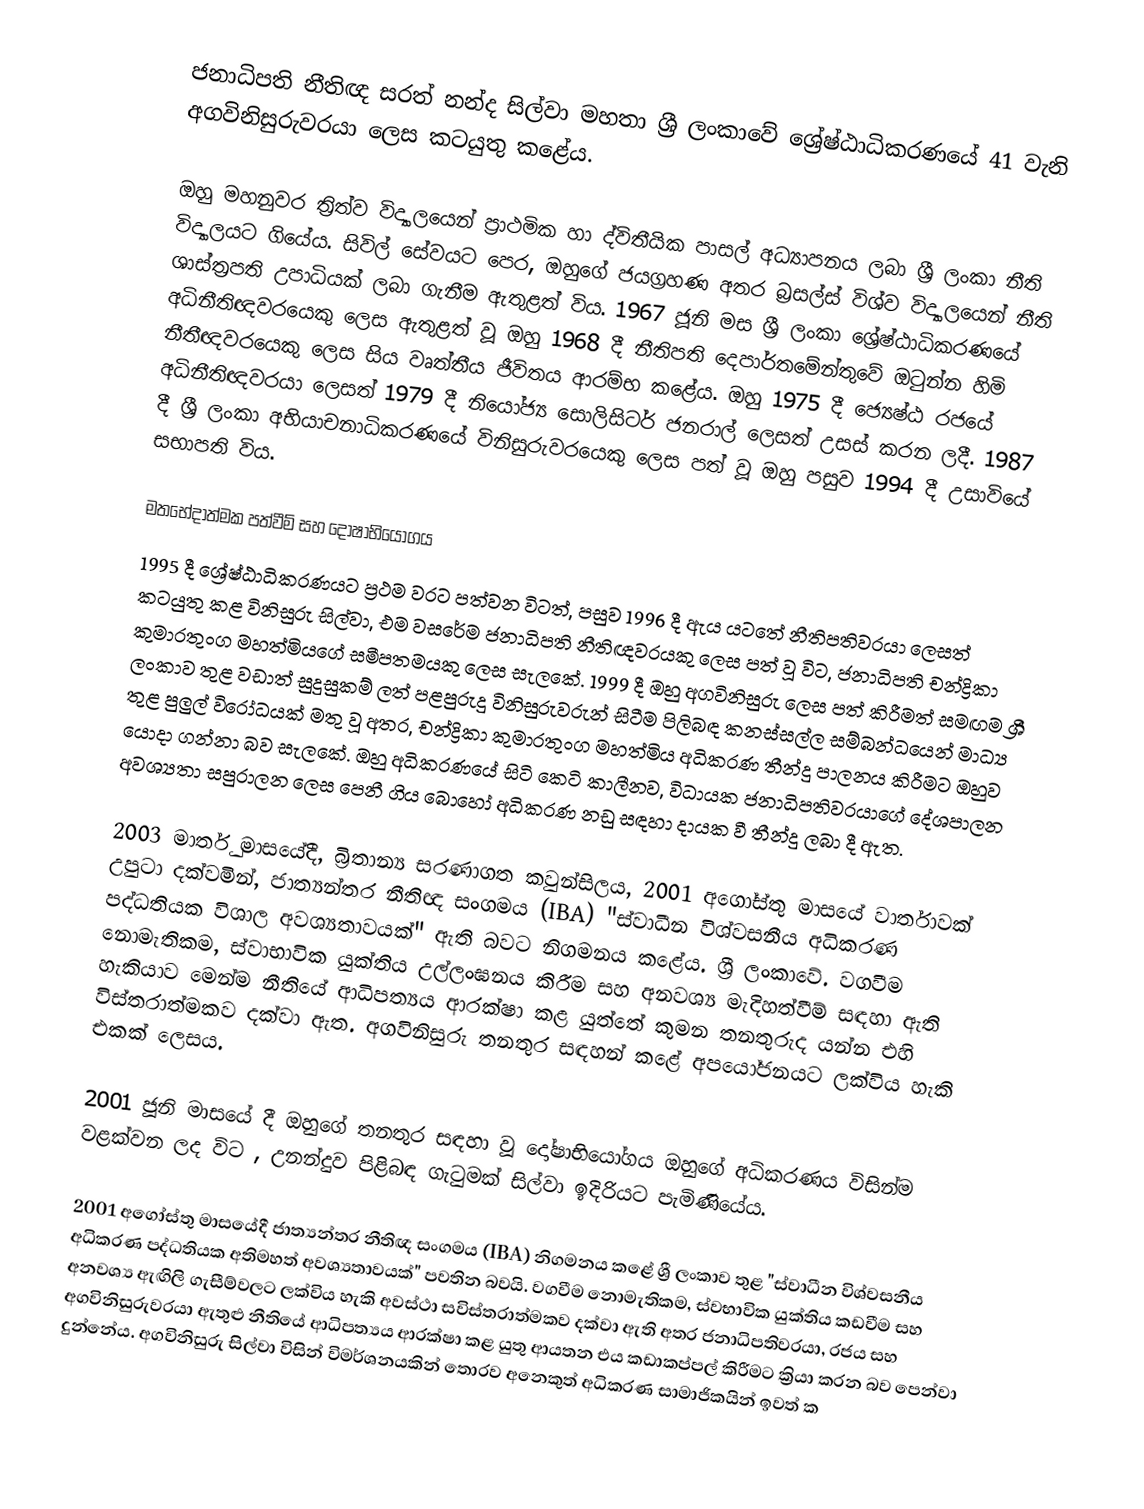
ජනාධිපති නීතිඥ සරත් නන්ද සිල්වා මහතා ශ්‍රී ලංකාවේ ශ්‍රේෂ්ඨාධිකරණයේ 41 වැනි අගවිනිසුරුවරයා ලෙස කටයුතු කළේය.

ඔහු මහනුවර ත්‍රිත්ව විද්‍යාලයෙන් ප්‍රාථමික හා ද්විතීයික පාසල් අධ්‍යාපනය ලබා ශ්‍රී ලංකා නීති විද්‍යාලයට ගියේය. සිවිල් සේවයට පෙර, ඔහුගේ ජයග්‍රහණ අතර බ්‍රසල්ස් විශ්ව විද්‍යාලයෙන් නීති ශාස්ත්‍රපති උපාධියක් ලබා ගැනීම ඇතුළත් විය. 1967 ජූනි මස ශ්‍රී ලංකා ශ්‍රේෂ්ඨාධිකරණයේ අධිනීතිඥවරයෙකු ලෙස ඇතුළත් වූ ඔහු 1968 දී නීතිපති දෙපාර්තමේන්තුවේ ඔටුන්න හිමි නීතීඥවරයෙකු ලෙස සිය වෘත්තීය ජීවිතය ආරම්භ කළේය. ඔහු 1975 දී ජ්‍යෙෂ්ඨ රජයේ අධිනීතිඥවරයා ලෙසත් 1979 දී නියෝජ්‍ය සොලිසිටර් ජනරාල් ලෙසත් උසස් කරන ලදී. 1987 දී ශ්‍රී ලංකා අභියාචනාධිකරණයේ විනිසුරුවරයෙකු ලෙස පත් වූ ඔහු පසුව 1994 දී උසාවියේ සභාපති විය.

මතභේදාත්මක පත්වීම් සහ දෝෂාභියෝගය
1995 දී ශ්‍රේෂ්ඨාධිකරණයට ප්‍රථම වරට පත්වන විටත්, පසුව 1996 දී ඇය යටතේ නීතිපතිවරයා ලෙසත් කටයුතු කළ විනිසුරු සිල්වා, එම වසරේම ජනාධිපති නීතිඥවරයකු ලෙස පත් වූ විට, ජනාධිපති චන්ද්‍රිකා කුමාරතුංග මහත්මියගේ සමීපතමයකු ලෙස සැලකේ. 1999 දී ඔහු අගවිනිසුරු ලෙස පත් කිරීමත් සමඟම ශ්‍රී ලංකාව තුළ වඩාත් සුදුසුකම් ලත් පළපුරුදු විනිසුරුවරුන් සිටීම පිලිබඳ කනස්සල්ල සම්බන්ධයෙන් මාධ්‍ය තුළ පුලුල් විරෝධයක් මතු වූ අතර, චන්ද්‍රිකා කුමාරතුංග මහත්මිය අධිකරණ තීන්දු පාලනය කිරීමට ඔහුව යොදා ගන්නා බව සැලකේ. ඔහු අධිකරණයේ සිටි කෙටි කාලීනව, විධායක ජනාධිපතිවරයාගේ දේශපාලන අවශ්‍යතා සපුරාලන ලෙස පෙනී ගිය බොහෝ අධිකරණ නඩු සඳහා දායක වී තීන්දු ලබා දී ඇත.

2003 මාර්තු මාසයේදී, බ්‍රිතාන්‍ය සරණාගත කවුන්සිලය, 2001 අගෝස්තු මාසයේ වාර්තාවක් උපුටා දක්වමින්, ජාත්‍යන්තර නීතිඥ සංගමය (IBA) "ස්වාධීන විශ්වසනීය අධිකරණ පද්ධතියක විශාල අවශ්‍යතාවයක්" ඇති බවට නිගමනය කළේය. ශ්‍රී ලංකාවේ. වගවීම නොමැතිකම, ස්වාභාවික යුක්තිය උල්ලංඝනය කිරීම සහ අනවශ්‍ය මැදිහත්වීම් සඳහා ඇති හැකියාව මෙන්ම නීතියේ ආධිපත්‍යය ආරක්ෂා කළ යුත්තේ කුමන තනතුරුද යන්න එහි විස්තරාත්මකව දක්වා ඇත. අගවිනිසුරු තනතුර සඳහන් කළේ අපයෝජනයට ලක්විය හැකි එකක් ලෙසය.

2001 ජූනි මාසයේ දී ඔහුගේ තනතුර සඳහා වූ දෝෂාභියෝගය ඔහුගේ අධිකරණය විසින්ම වළක්වන ලද විට , උනන්දුව පිළිබඳ ගැටුමක් සිල්වා ඉදිරියට පැමිණියේය.

2001 අගෝස්තු මාසයේදී ජාත්‍යන්තර නීතිඥ සංගමය (IBA) නිගමනය කළේ ශ්‍රී ලංකාව තුළ "ස්වාධීන විශ්වසනීය අධිකරණ පද්ධතියක අතිමහත් අවශ්‍යතාවයක්" පවතින බවයි. වගවීම නොමැතිකම, ස්වභාවික යුක්තිය කඩවීම සහ අනවශ්‍ය ඇඟිලි ගැසීම්වලට ලක්විය හැකි අවස්ථා සවිස්තරාත්මකව දක්වා ඇති අතර ජනාධිපතිවරයා, රජය සහ අගවිනිසුරුවරයා ඇතුළු නීතියේ ආධිපත්‍යය ආරක්ෂා කළ යුතු ආයතන එය කඩාකප්පල් කිරීමට ක්‍රියා කරන බව පෙන්වා දුන්නේය. අගවිනිසුරු සිල්වා විසින් විමර්ශනයකින් තොරව අනෙකුත් අධිකරණ සාමාජිකයින් ඉවත් ක